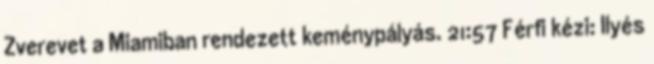
Zverevet a Miamiban rendezett keménypályás. 21:57 Férfi kézi: Ilyés